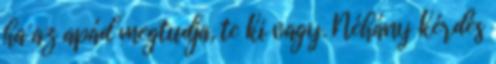
ha az apád megtudja, te ki vagy. Néhány kérdés